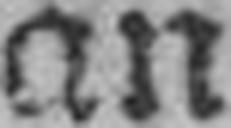
an